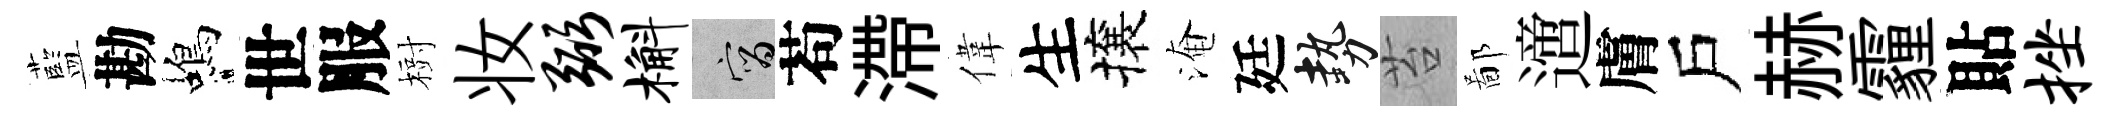
藍勘蝎世服𣗳妆弼槲宵苟滯偉生攘淹廷勢苔鄙𨗁膚戶赫霾貼挫